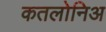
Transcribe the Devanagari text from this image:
कतलोनिअ